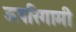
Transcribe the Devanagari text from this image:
ऊपरिगामी